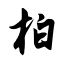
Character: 柏